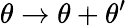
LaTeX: \theta\rightarrow\theta+\theta^{\prime}